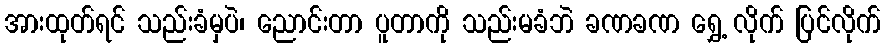
အားထုတ်ရင် သည်းခံမှပဲ၊ ညောင်းတာ ပူတာကို သည်းမခံဘဲ ခဏခဏ ရွှေ့ လိုက် ပြင်လိုက်